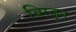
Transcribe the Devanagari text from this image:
विरजून